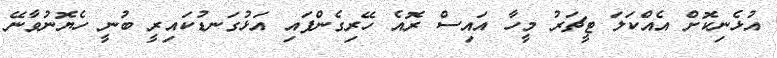
އުޅެނިކޮށް އެއްކަލަ ޓީޗަރު މީހާ އައިސް ރޮއެ ހޭރިގެންފައި އަޅުގަނޑުކައިރީ ބުނީ ހެޔޮނުވާނޭ